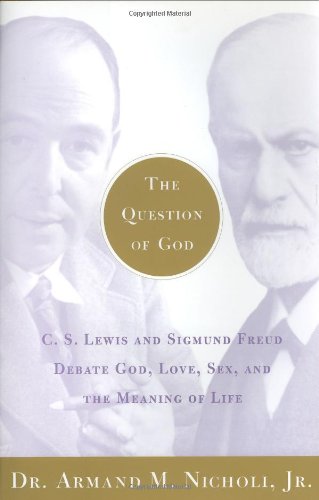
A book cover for The Question of God: C.S. Lewis and Sigmund Freud Debate God, Love, Sex, and the Meaning of Life; Armand Nicholi; Religion & Spirituality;